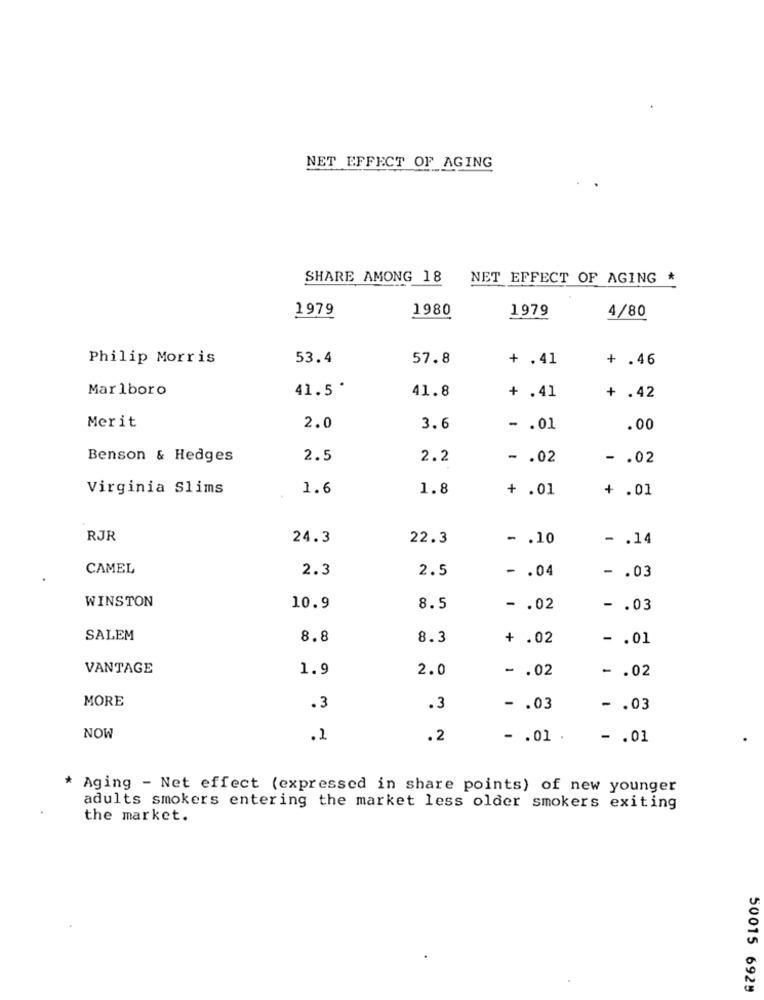
NET EFFECT OF AGING
SHARE AMONG 18
NET EFFECT OF AGING *
1979
1980
1979
4/80
Philip Morris
53.4
57.8
+ .41
+ .46
Marlboro
41.5'
41.8
+ .41
+ .42
Merit
2.0
3.6
- . 01
.00
Benson & Hedges
2.5
2.2
- . 02
- . 02
Virginia Slims
1.6
1.8
+ .01
+ .01
RJR
24.3
22.3
- . 10
- . 14
CAMEL
2.3
2.5
- . 04
- . 03
WINSTON
10.9
8.5
-. 02
- . 03
SALEM
8.8
8.3
+ .02
- . 01
VANTAGE
1.9
2.0
- . 02
- . 02
MORE
.3
.3
-. 03
- . 03
NOW
.2
.2
- . 01 .
- . 01
* Aging - Net effect (expressed in share points) of new younger
adults smokers entering the market less older smokers exiting
the market.
50015 6929